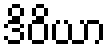
ဒိဝိယာ